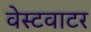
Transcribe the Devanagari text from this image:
वेस्टवाटर